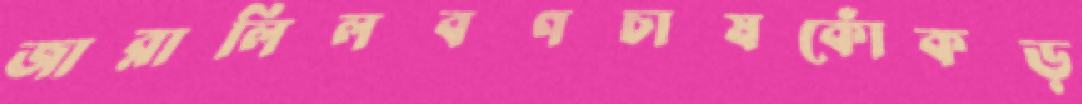
জারালিলবণচাষকোঁকড়